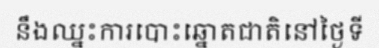
នឹងឈ្នះការបោះឆ្នោតជាតិនៅថ្ងៃទី